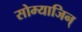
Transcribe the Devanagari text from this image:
सोम्याजिन्